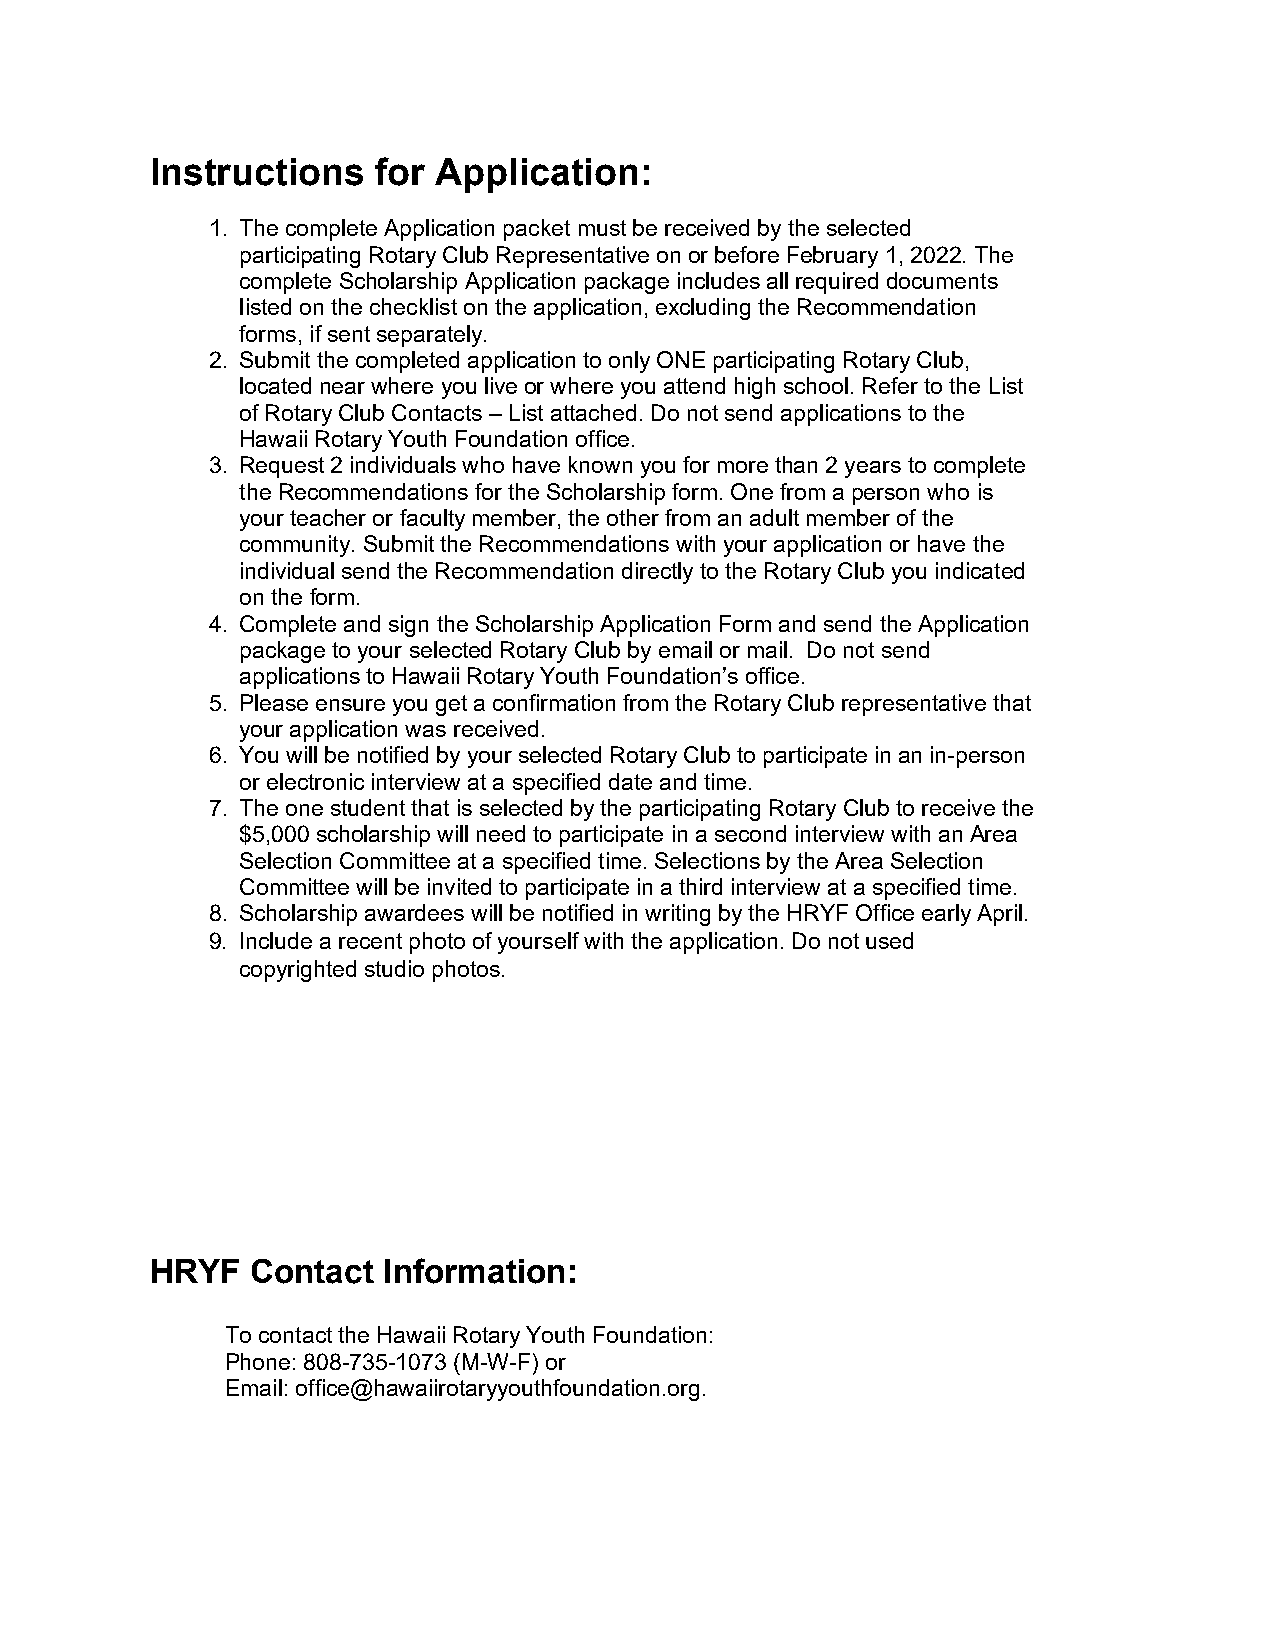
Instructions   for Application:
 1. The complete Application packet must be received by the selected
 participating Rotary Club Representative on or before February 1, 2022. The
 complete Scholarship Application package includes all required documents
 listed on the checklist on the application, excluding the Recommendation
 forms, if sent separately.
 2. Submit the completed application to only ONE participating Rotary Club,
 located near where you live or where you attend high school. Refer to the List
 of Rotary Club Contacts – List attached. Do not send applications to the
 Hawaii Rotary Youth Foundation office.
 3. Request 2 individuals who have known you for more than 2 years to complete
 the Recommendations for the Scholarship form. One from a person who is
 your teacher or faculty member, the other from an adult member of the
 community. Submit the Recommendations with your application or have the
 individual send the Recommendation directly to the Rotary Club you indicated
 on the form.
 4. Complete and sign the Scholarship Application Form and send the Application
 package to your selected Rotary Club by email or mail. Do not send
 applications to Hawaii Rotary Youth Foundation’s office.
 5. Please ensure you get a confirmation from the Rotary Club representative that
 your application was received.
 6. You will be notified by your selected Rotary Club to participate in an in-person
 or electronic interview at a specified date and time.
 7. The one student that is selected by the participating Rotary Club to receive the
 $5,000 scholarship will need to participate in a second interview with an Area
 Selection Committee at a specified time. Selections by the Area Selection
 Committee will be invited to participate in a third interview at a specified time.
 8. Scholarship awardees will be notified in writing by the HRYF Office early April.
 9. Include a recent photo of yourself with the application. Do not used
 copyrighted studio photos.
 HRYF   Contact Information:
 To contact the Hawaii Rotary Youth Foundation:
 Phone: 808-735-1073 (M-W-F) or
 Email: office@hawaiirotaryyouthfoundation.org.